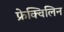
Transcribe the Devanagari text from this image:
फ्रेक्विलिन